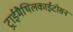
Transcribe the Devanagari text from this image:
ट्राईमैथिलकाईटोसन